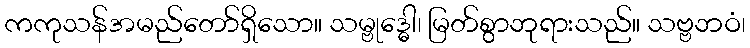
ကကုသန်အမည်တော်ရှိသော။ သမ္ဗုဒ္ဓေါ၊ မြတ်စွာဘုရားသည်။ သဗ္ဗဘဝံ၊